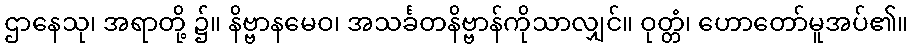
ဌာနေသု၊ အရာတို့ ၌။ နိဗ္ဗာနမေဝ၊ အသင်္ခတနိဗ္ဗာန်ကိုသာလျှင်။ ဝုတ္တံ၊ ဟောတော်မူအပ်၏။